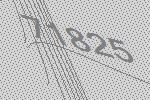
71825